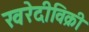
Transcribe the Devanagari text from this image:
खरेदीविक्री